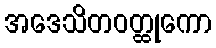
အဒေသိတဝတ္ထုကော